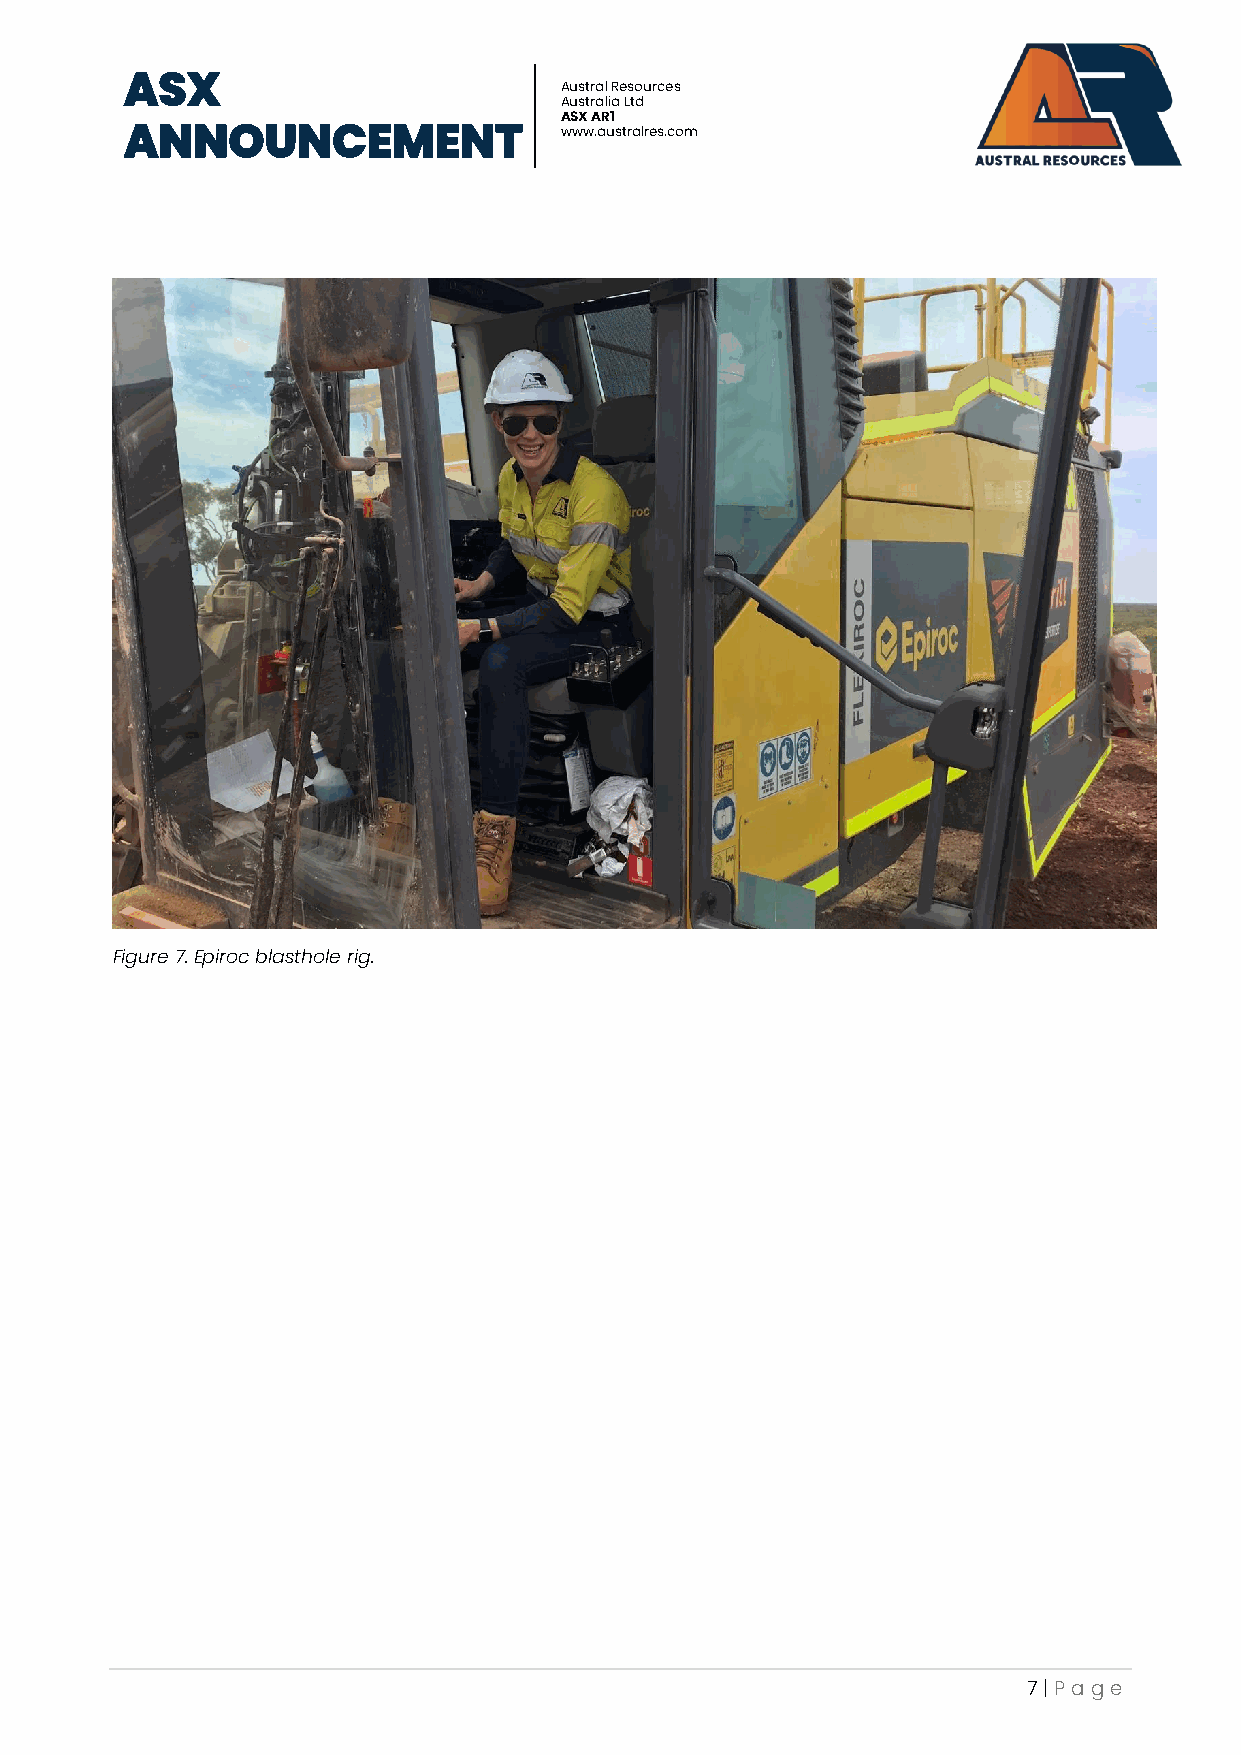
ASX
 Austral Resources
 Australia Ltd
 ASX AR1
 ANNOUNCEMENT                 www.australres.com
 Figure 7. Epiroc blasthole rig.
 7 | P age